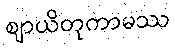
ဈာယိတုကာမဿ